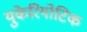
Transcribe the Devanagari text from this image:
युकेरियोटिक